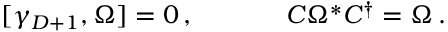
\begin{array} { c c } { { [ \gamma _ { D + 1 } , \Omega ] = 0 \, , ~ ~ ~ ~ } } & { { ~ ~ ~ ~ C \Omega ^ { \ast } C ^ { \dagger } = \Omega \, . } } \end{array}